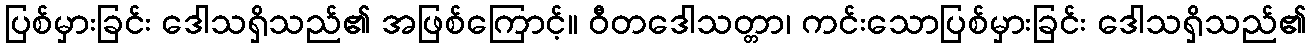
ပြစ်မှားခြင်း ဒေါသရှိသည်၏ အဖြစ်ကြောင့်။ ဝီတဒေါသတ္တာ၊ ကင်းသောပြစ်မှားခြင်း ဒေါသရှိသည်၏